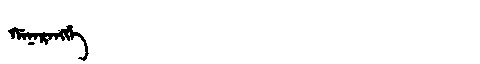
Manchu: ᡤᠠᠨᠠᡵᠠᠩᡤᡝ
Romanization: GANARANGGE